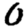
Digit: 0